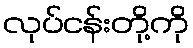
လုပ်ငန်းတို့ကို